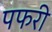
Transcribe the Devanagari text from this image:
पफरी